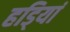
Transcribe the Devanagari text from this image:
हडि्यां